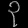
Digit: ၃